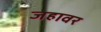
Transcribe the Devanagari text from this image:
जहावर